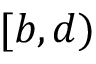
[ b , d )